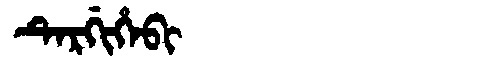
Manchu: ᡨᡝᡵᡤᡳᡥᡝᠪᡳ
Romanization: TERGIHEBI